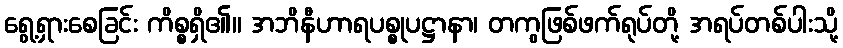
ရွေ့ရှားစေခြင်း ကိစ္စရှိ၏။ အဘိနီဟာရပစ္စုပဋ္ဌာနာ၊ တကွဖြစ်ဖက်ရုပ်တို့ အရပ်တစ်ပါးသို့